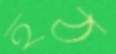
হঠ